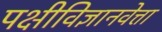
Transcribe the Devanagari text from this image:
पक्षीविज्ञानवेत्ता